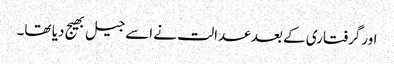
اورگرفتاری کے بعد عدالت نے اسے جیل بھیج دیا تھا۔